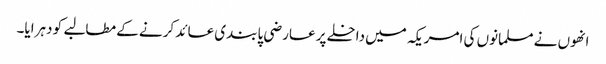
انھوں نے مسلمانوں کی امریکہ میں داخلے پر عارضی پابندی عائد کرنے کے مطالبے کو دہرایا۔